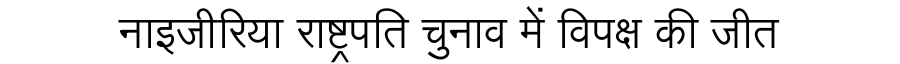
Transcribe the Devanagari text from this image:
नाइजीरिया राष्ट्रपति चुनाव में विपक्ष की जीत